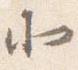
北